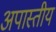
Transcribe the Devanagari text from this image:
अपास्तीय